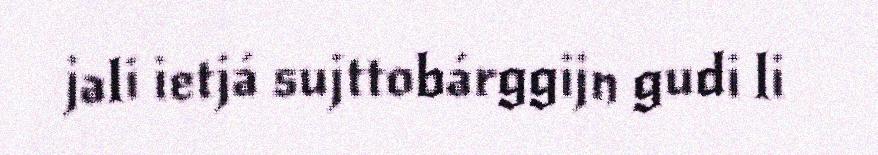
jali ietjá sujttobárggijn gudi li